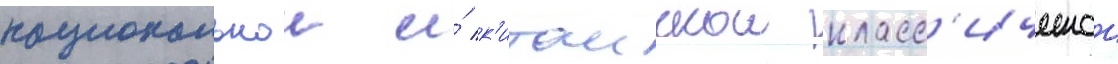
национальнои и́ к'итаискои класс'ическои